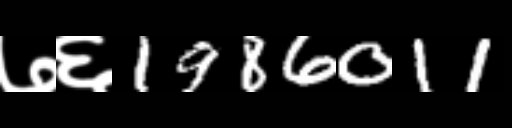
Text: ७६1986011